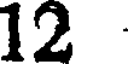
12